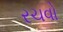
રચવો